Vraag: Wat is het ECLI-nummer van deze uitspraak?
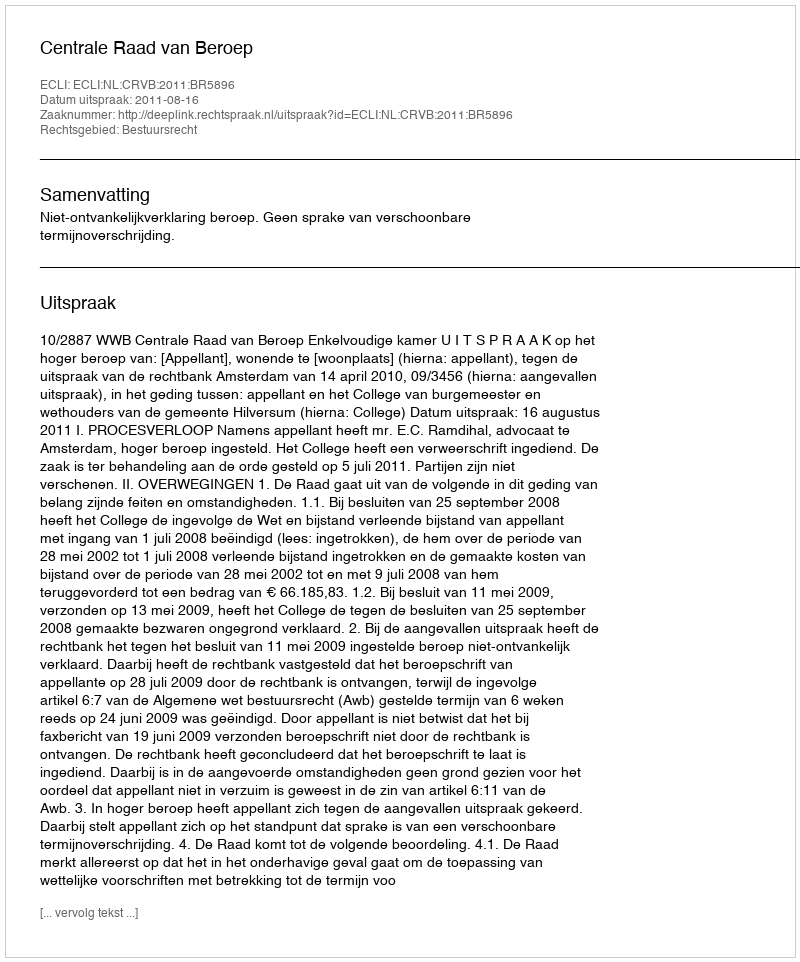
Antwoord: ECLI:NL:CRVB:2011:BR5896